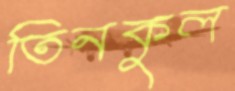
তিনকুল